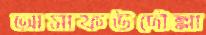
আসাফউদৌল্লা